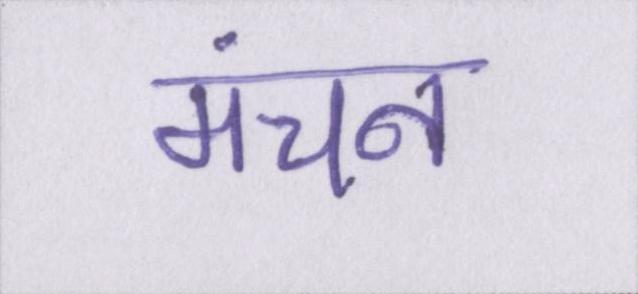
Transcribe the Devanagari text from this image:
मंचन